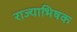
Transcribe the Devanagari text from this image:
राज्याभिषक